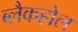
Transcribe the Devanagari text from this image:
ब्लैकहोल